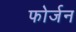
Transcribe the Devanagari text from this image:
फोर्जन